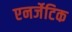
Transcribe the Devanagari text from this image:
एनर्जेटिक